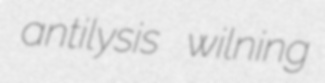
antilysis wilning